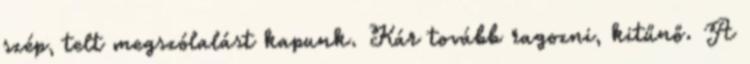
szép, telt megszólalást kapunk. Kár tovább ragozni, kitűnő. A